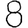
Digit: 8